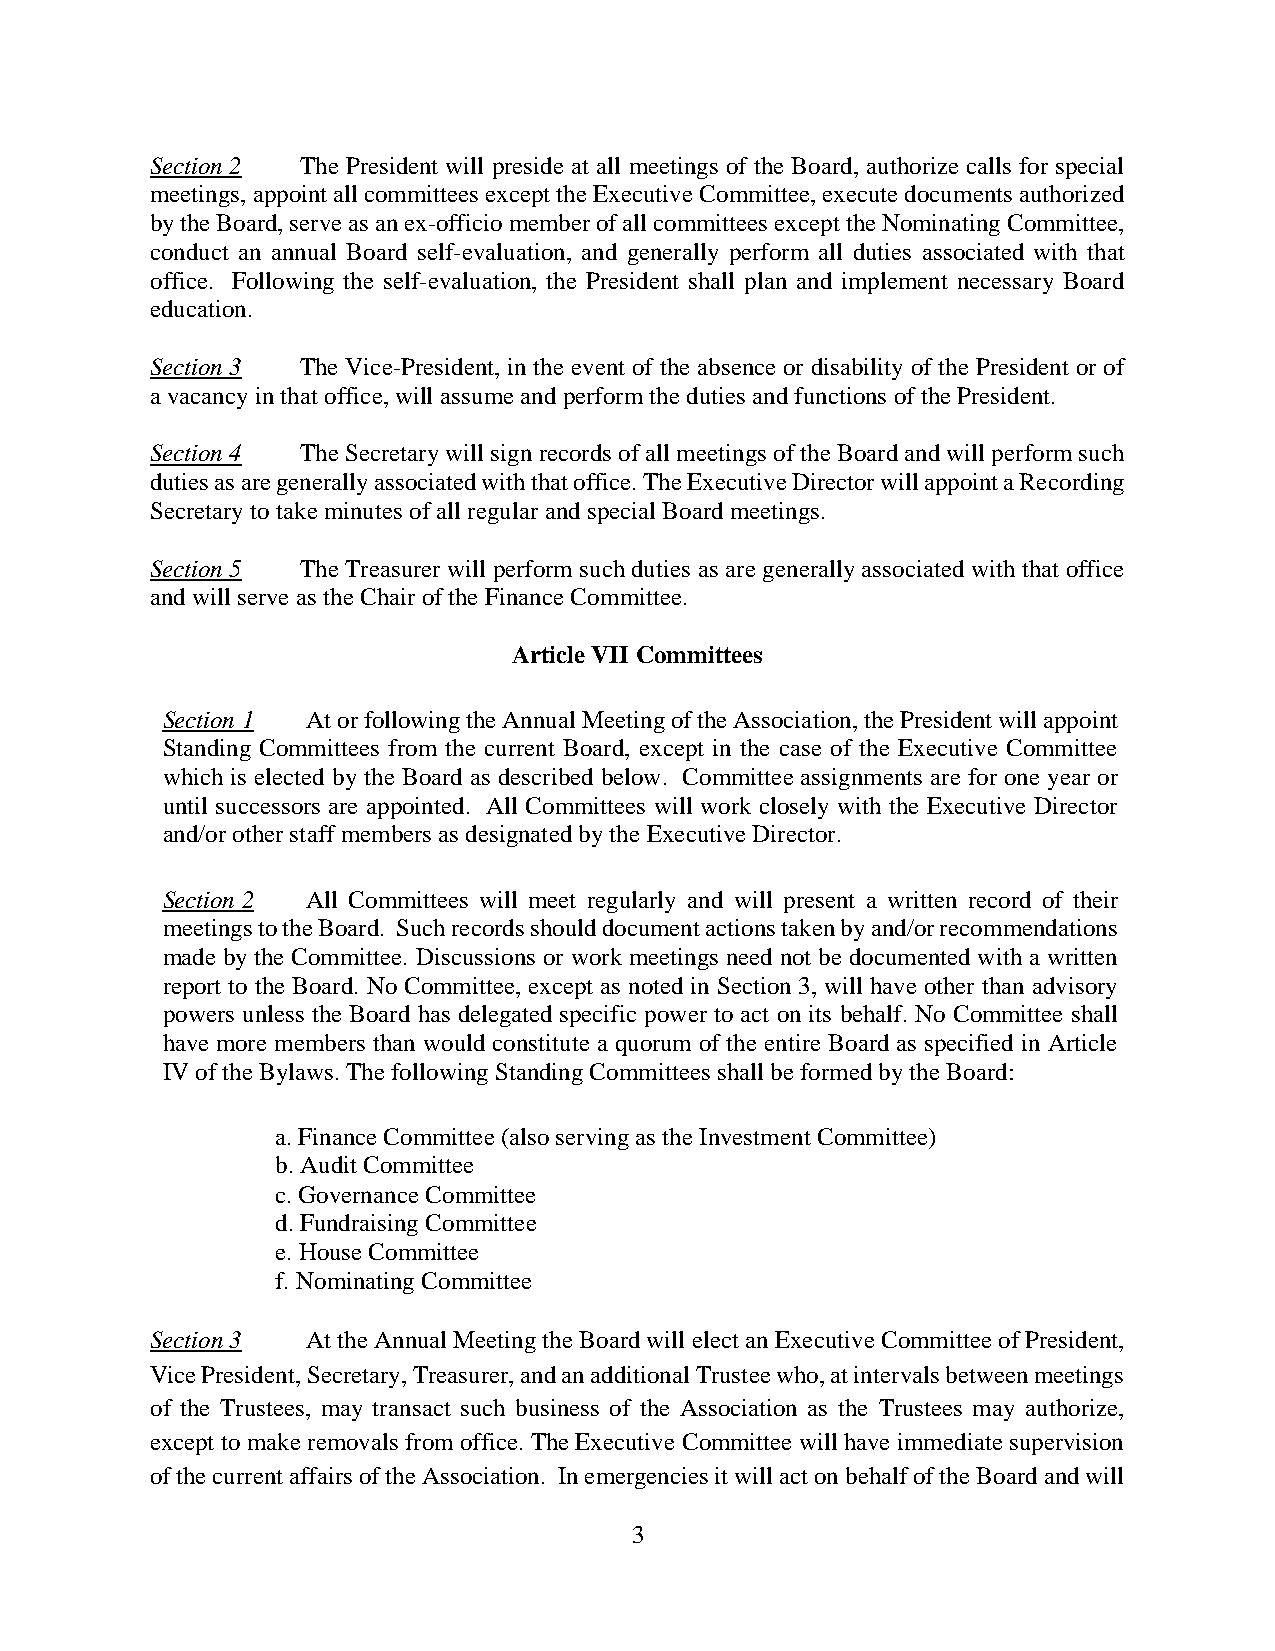
Section 2 The President will preside at all meetings of the Board, authorize calls for special
 meetings, appoint all committees except the Executive Committee, execute documents authorized
 by the Board, serve as an ex-officio member of all committees except the Nominating Committee,
 conduct an annual Board self-evaluation, and generally perform all duties associated with that
 office. Following the self-evaluation, the President shall plan and implement necessary Board
 education.
 Section 3 The Vice-President, in the event of the absence or disability of the President or of
 a vacancy in that office, will assume and perform the duties and functions of the President.
 Section 4 The Secretary will sign records of all meetings of the Board and will perform such
 duties as are generally associated with that office. The Executive Director will appoint a Recording
 Secretary to take minutes of all regular and special Board meetings.
 Section 5 The Treasurer will perform such duties as are generally associated with that office
 and will serve as the Chair of the Finance Committee.
 Article VII Committees
 Section 1 At or following the Annual Meeting of the Association, the President will appoint
 Standing Committees from the current Board, except in the case of the Executive Committee
 which is elected by the Board as described below. Committee assignments are for one year or
 until successors are appointed. All Committees will work closely with the Executive Director
 and/or other staff members as designated by the Executive Director.
 Section 2 All Committees will meet regularly and will present a written record of their
 meetings to the Board. Such records should document actions taken by and/or recommendations
 made by the Committee. Discussions or work meetings need not be documented with a written
 report to the Board. No Committee, except as noted in Section 3, will have other than advisory
 powers unless the Board has delegated specific power to act on its behalf. No Committee shall
 have more members than would constitute a quorum of the entire Board as specified in Article
 IV of the Bylaws. The following Standing Committees shall be formed by the Board:
 a. Finance Committee (also serving as the Investment Committee)
 b. Audit Committee
 c. Governance Committee
 d. Fundraising Committee
 e. House Committee
 f. Nominating Committee
 Section 3 At the Annual Meeting the Board will elect an Executive Committee of President,
 Vice President, Secretary, Treasurer, and an additional Trustee who, at intervals between meetings
 of the Trustees, may transact such business of the Association as the Trustees may authorize,
 except to make removals from office. The Executive Committee will have immediate supervision
 of the current affairs of the Association. In emergencies it will act on behalf of the Board and will
 3